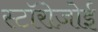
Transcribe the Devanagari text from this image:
स्टॉरोज़ोई